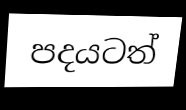
පදයටත්